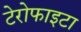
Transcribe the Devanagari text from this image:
टेरोफाइटा